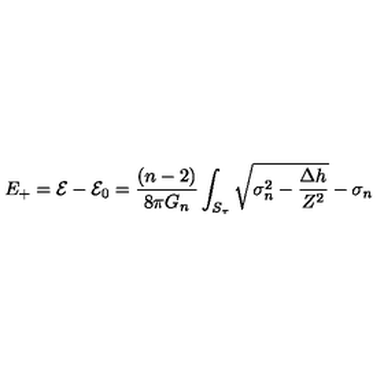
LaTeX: E _ { + } = \mathcal { E } - \mathcal { E } _ { 0 } = \frac { ( n - 2 ) } { 8 \pi G _ { n } } \int _ { S _ { \tau } } \sqrt { \sigma _ { n } ^ { 2 } - \frac { \Delta h } { Z ^ { 2 } } } - \sigma _ { n }